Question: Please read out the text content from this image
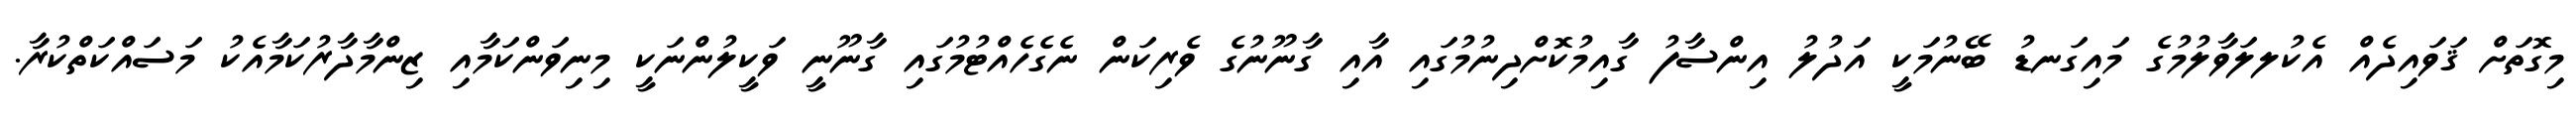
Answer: މިގޮތަށް ޤަވައިދެއް އެކުލލަވާލުމުގެ މައިގަނޑު ބޭނުމަކީ އަދުލު އިންސާފު ގާއިމުކޮށްދިނުމުގައި އާއި ގާނޫނުގެ ވެރިކަން ނެގެހެއްޓުމުގައި ގާނޫނީ ވަކީލުންނަކީ މިނިވަންކަމާއި ޒިންމާދާރުކަމާއެކު މަސައްކަތްކުރާ.